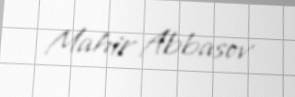
Mahir Abbasov